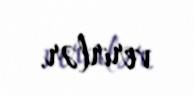
verirlər.